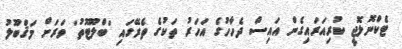
ޓެކްނޮލޮޖީ ކުރިއަރައިގެން އައިސް ދެހާހުގެ އަހަރު ތަކުގެ ތެރޭގައި 'ބްލޫޓޫތު' ވަރަށް މަޤްބޫލު